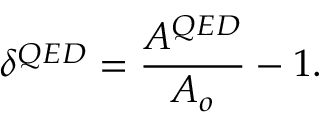
\delta ^ { Q E D } = \frac { A ^ { Q E D } } { A _ { o } } - 1 .